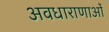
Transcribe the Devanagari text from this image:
अवधाराणाओं